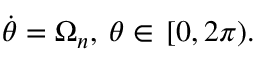
\dot { \theta } = \Omega _ { n } , \: \theta \in \, [ 0 , 2 \pi ) .